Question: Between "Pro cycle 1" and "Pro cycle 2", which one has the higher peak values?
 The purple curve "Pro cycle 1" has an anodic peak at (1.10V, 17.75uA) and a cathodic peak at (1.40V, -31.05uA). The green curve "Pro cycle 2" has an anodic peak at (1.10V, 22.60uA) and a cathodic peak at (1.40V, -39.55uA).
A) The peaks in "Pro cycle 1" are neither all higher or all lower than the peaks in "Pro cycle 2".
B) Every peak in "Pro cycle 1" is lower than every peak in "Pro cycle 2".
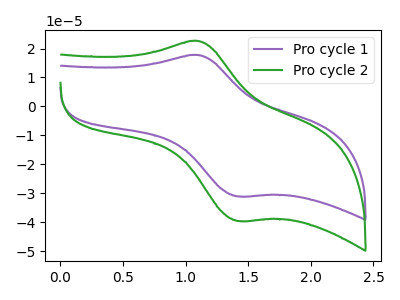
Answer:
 <answer>B) Every peak in "Pro cycle 1" is lower than every peak in "Pro cycle 2".</answer>
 <eval>B</eval>